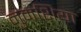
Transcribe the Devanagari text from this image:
नुमंशिया